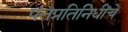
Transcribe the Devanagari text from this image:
पंतप्रतिनिधींचे